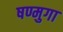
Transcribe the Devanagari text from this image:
षण्मुगा